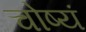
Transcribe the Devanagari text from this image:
चोष्यं